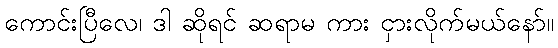
ကောင်းပြီလေ၊ ဒါ ဆိုရင် ဆရာမ ကား ငှားလိုက်မယ်နော်။